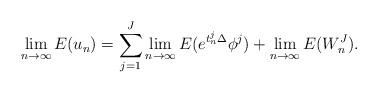
LaTeX: \begin{align*} \lim_{n\to\infty}E(u_n)=\sum_{j=1}^J\lim_{n\to\infty}E(e^{t_n^j\Delta}\phi^j)+\lim_{n\to\infty}E(W_n^J).\end{align*}